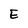
Character: E